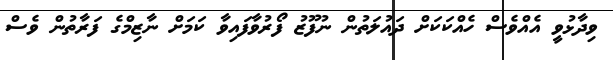
ވިދާޅުވީ އެއްވެސް ހެއްކަކަށް ދައުލަތުން ނުފޫޒު ފޯރުވާފައިވާ ކަމަށް ނާޒިމްގެ ފަރާތުން ވެސް